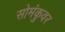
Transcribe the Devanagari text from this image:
सोमंकुवर